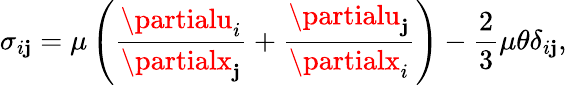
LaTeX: \sigma_{i\mathbf{j}}=\mu\left(\frac{{\partialu_{i}}}{{\partialx_{\mathbf{j}}}}+\frac{{\partialu_{\mathbf{j}}}}{{\partialx_{i}}}\right)-\frac{{2}}{{3}}\mu\theta\delta_{i\mathbf{j}},